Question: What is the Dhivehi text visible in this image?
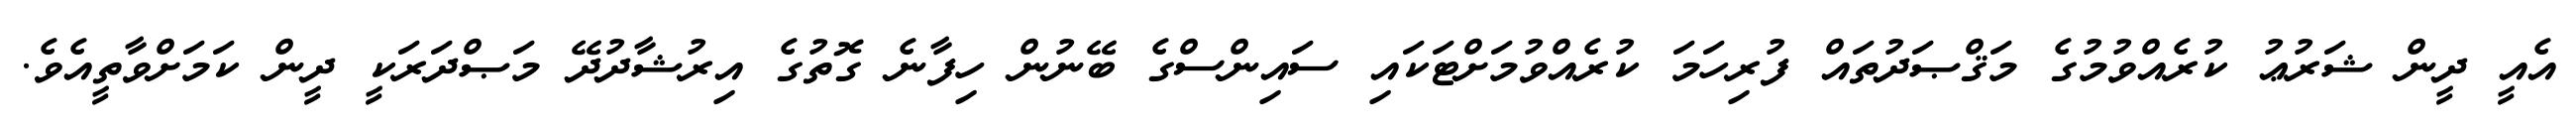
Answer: އެއީ ދީން ޝަރުޢު ކުރެއްވުމުގެ މަޤްޞަދުތައް ފުރިހަމަ ކުރެއްވުމަށްޓަކައި ސައިންސްގެ ބޭނުން ހިފާނެ ގޮތުގެ އިރުޝާދުދޭ މަޞްދަރަކީ ދީން ކަމަށްވާތީއެވެ.